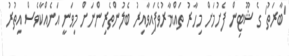
'ބާރަތު' ގެ ޝޫޓިން ފެށުމަށް މިހާރު ތައްޔާރުވެފައިވާއިރު ބެލުންތެރިންނަށް މިވަނީ އަނެއްކާވެސް އިތުރު